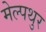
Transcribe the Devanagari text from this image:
मेल्पथुर